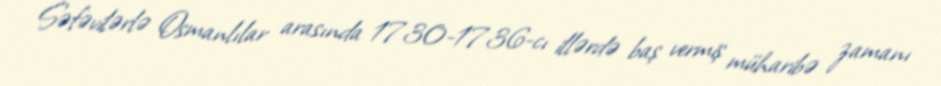
Səfəvilərlə Osmanlılar arasında 1730-1736-cı illərdə baş vermiş müharibə zamanı